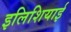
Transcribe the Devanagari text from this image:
इलिशियाई